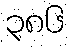
၃၈၆